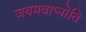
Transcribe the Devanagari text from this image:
जयमवाप्नोति